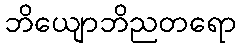
ဘိယျောဘိညတရော